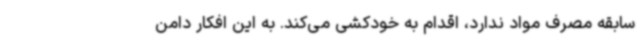
سابقه مصرف مواد ندارد، اقدام به خودکشی می‌کند. به این افکار دامن